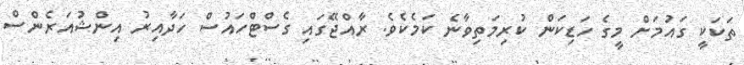
ތަކަކީ ގައުމަށް މީގެ ހަޑިކަން ކުރިމަތިވާނެ ކަމެކެވެ. ރާއްޖޭގައި ގެސްޓްހައުސް ހަދާއިރު އިންޝުއަރެންސް